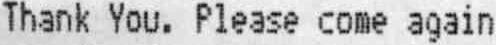
THANK YOU. PLEASE COME AGAIN